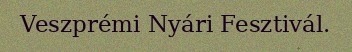
Veszprémi Nyári Fesztivál.